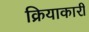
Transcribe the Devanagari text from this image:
क्रियाकारी